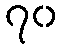
၇၀